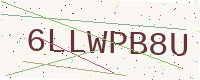
Text: 6LLWPB8U